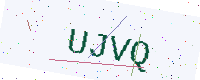
Text: UJVQ